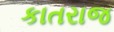
કાતરાજ